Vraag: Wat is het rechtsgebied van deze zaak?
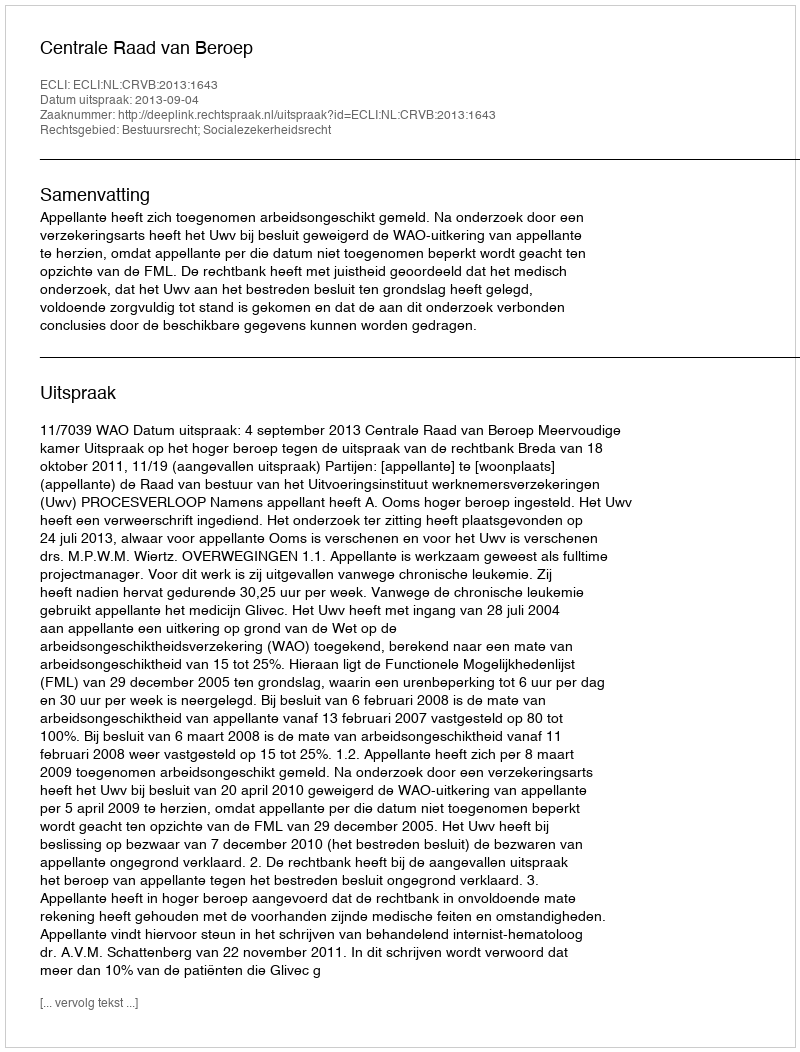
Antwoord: Bestuursrecht; Socialezekerheidsrecht